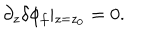
LaTeX: \partial _ { z } \delta \phi _ { f } \vert _ { z = z _ { 0 } } = 0 .